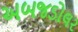
અબજડોલર